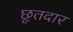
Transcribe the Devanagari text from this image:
छूतदार